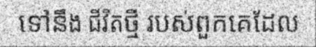
ទៅនឹង ជីវិតថ្មី របស់ពួកគេដែល